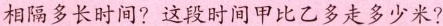
相隔多长时间?这段时间甲比乙多走多少米?